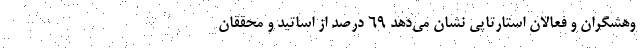
وهشگران و فعالان استارتاپی نشان می‌دهد ۶۹ درصد از اساتید و محققان